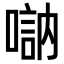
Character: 𠽆